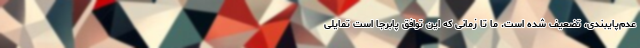
عدم‌پایبندی، تضعیف شده است. ما تا زمانی که این توافق پابرجا است تمایلی